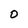
Character: O